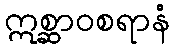
ဣစ္ဆာဝစရာနံ